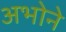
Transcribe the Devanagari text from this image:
अभोने